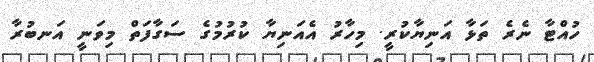
ހުއްޓާ ނެރެ ތަޅާ އަނިޔާކުރީ. މިހާރު އެއަނިޔާ ކުރުމުގެ ސަގާފަތް މިވަނީ އަނބުރާ